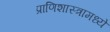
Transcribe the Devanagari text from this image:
प्राणिशास्त्रामध्ये